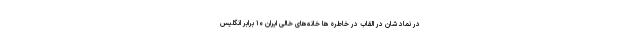
در نماد شان در القاب در خاطره ها خانه‌های خالی ایران ۱۰ برابر انگلیس